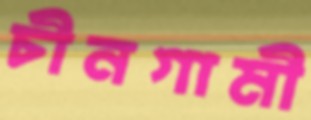
চীনগামী